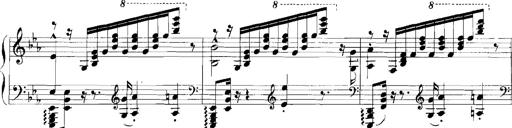
Title: Rhapsodies hongroises
Composer: Franz Liszt